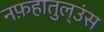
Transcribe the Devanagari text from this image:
नफ़हातुल्उंस